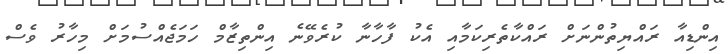
އިންޑިއާ ރައްޔިތުންނަށް ރައްކާތެރިކަމާއި އެކު ފާހާނާ ކުރެވޭނެ އިންތިޒާމް ހަމަޖެއްސުމަށް މިހާރު ވެސް